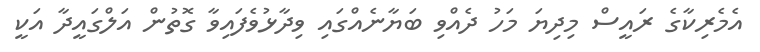
އެމެރިކާގެ ރައީސް މިދިޔަ މަހު ދެއްވި ބަޔާނެއްގައި ވިދާޅުވެފައިވާ ގޮތުން އަލްގައީދާ އަކީ